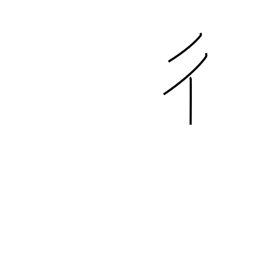
Meaning: going man radical (no. 60)